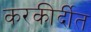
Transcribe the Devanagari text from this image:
करकीर्दीत